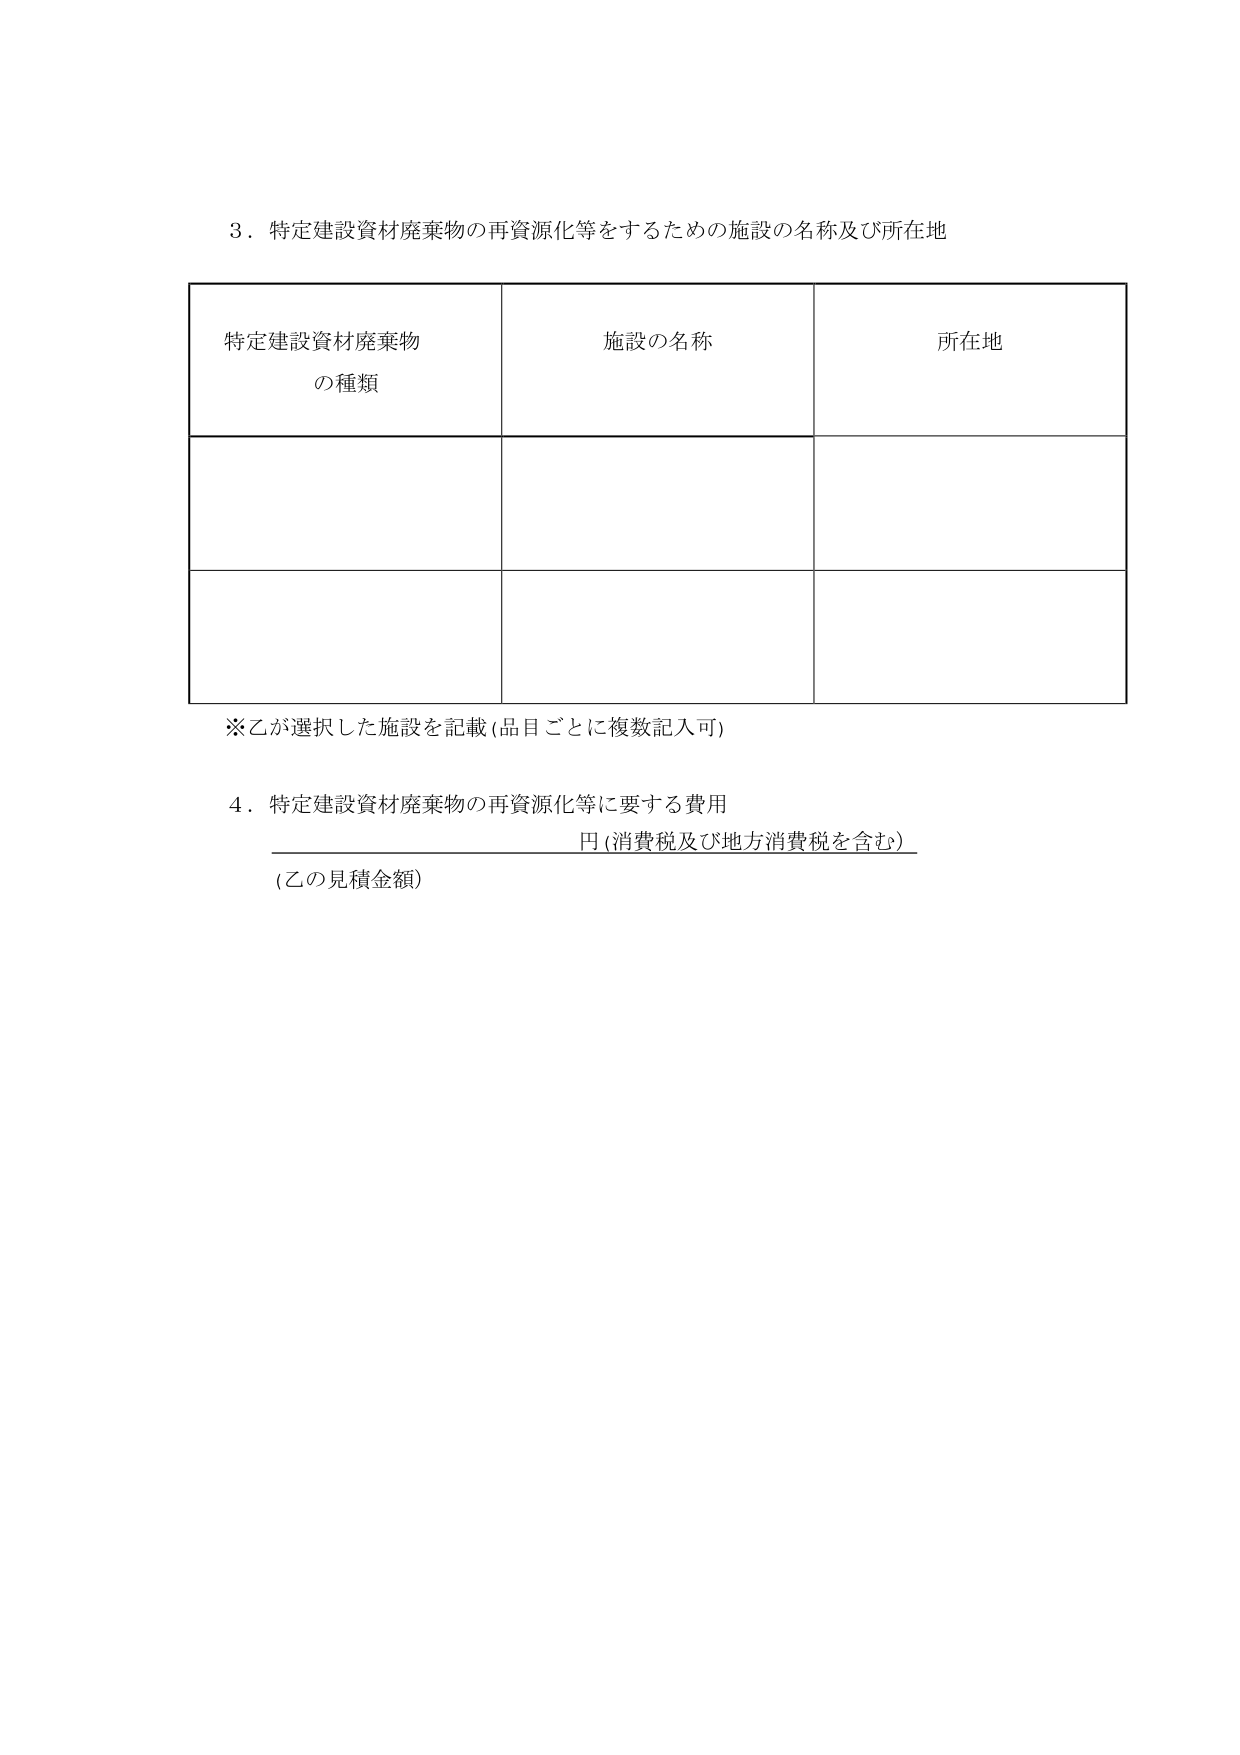
3．特定建設資材廃棄物の再資源化等をするための施設の名称及び所在地

特定建設資材廃棄物
の種類　　　　　　　　　　施設の名称　　　　　　　　　　所在地

※乙が選択した施設を記載（品目ごとに複数記入可）

4．特定建設資材廃棄物の再資源化等に要する費用
　　　　　　　　　　　　　　　　　　　　　　円（消費税及び地方消費税を含む）
（乙の見積金額）